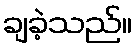
ချခဲ့သည်။